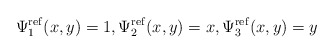
\begin{align*} \Psi^{\rm ref}_1(x,y) = 1, \Psi^{\rm ref}_2(x,y) = x, \Psi^{\rm ref}_3(x,y) = y\end{align*}